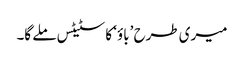
میری طرح ’باؤ‘ کا سٹیٹس ملے گا۔